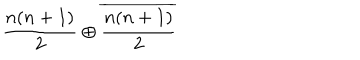
LaTeX: \frac { n ( n + 1 ) } { 2 } \oplus \overline { { { \frac { n ( n + 1 ) } { 2 } } } }